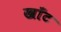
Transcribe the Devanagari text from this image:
खाँट